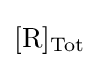
[{\ce {R}}]_{\mathrm {Tot} }